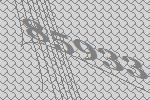
85933